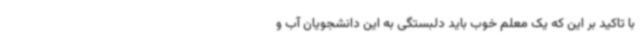
با تاکید بر این که یک معلم خوب باید دلبستگی به این دانشجویان آب و